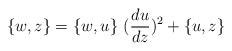
LaTeX: \begin{align*}\{w,z\} = \{w,u\}~(\frac{du}{dz})^{2} + \{u,z\}\end{align*}